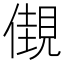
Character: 𧡞